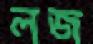
লজ